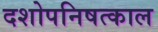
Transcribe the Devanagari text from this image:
दशोपनिषत्काल